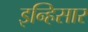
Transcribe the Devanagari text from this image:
इन्हिसार